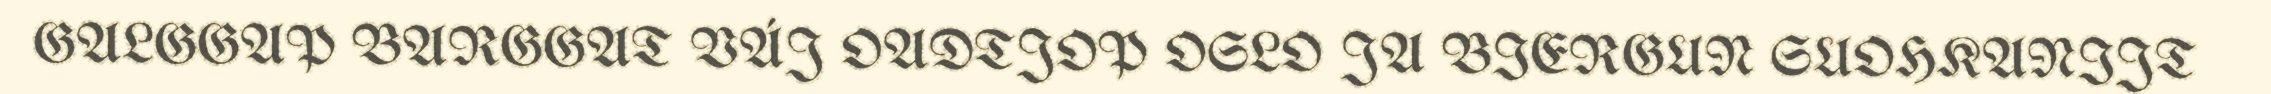
GALGGAP BARGGAT VÁJ OADTJOP OSLO JA BIERGUN SUOHKANIJT